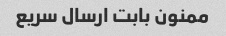
ممنون بابت ارسال سریع